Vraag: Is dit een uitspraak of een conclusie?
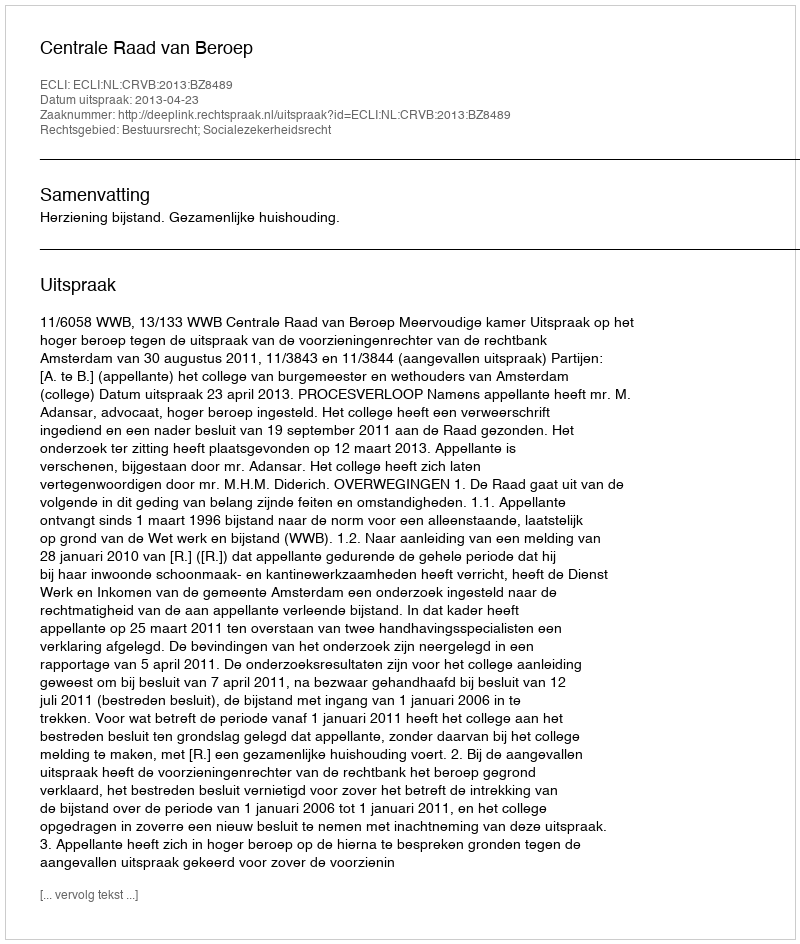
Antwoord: Uitspraak